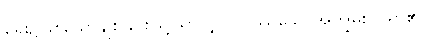
ရှေး၌ဖြစ်သောချစ်ခြင်းဖြင့်သာလျှင်။ ဝိဿသေ၊ အကျွမ်းဝင်ရာ၏။